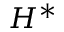
H ^ { * }